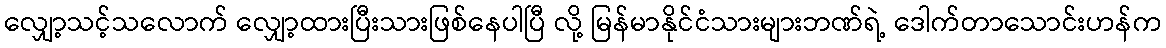
လျှော့သင့်သလောက် လျှော့ထားပြီးသားဖြစ်နေပါပြီ လို့ မြန်မာနိုင်ငံသားများဘဏ်ရဲ့ ဒေါက်တာသောင်းဟန်က